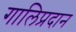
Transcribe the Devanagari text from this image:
गालिप्रदान